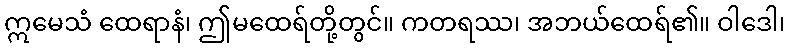
ဣမေသံ ထေရာနံ၊ ဤမထေရ်တို့တွင်။ ကတရဿ၊ အဘယ်ထေရ်၏။ ဝါဒေါ၊